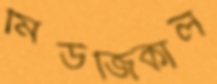
মিউজিকাল